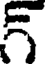
గ్